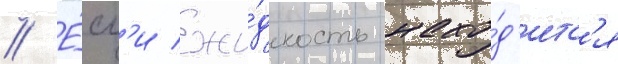
// Е́сл'и жи́дкость нахо́д'итс'я